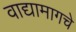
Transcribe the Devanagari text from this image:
वाद्यामागचे